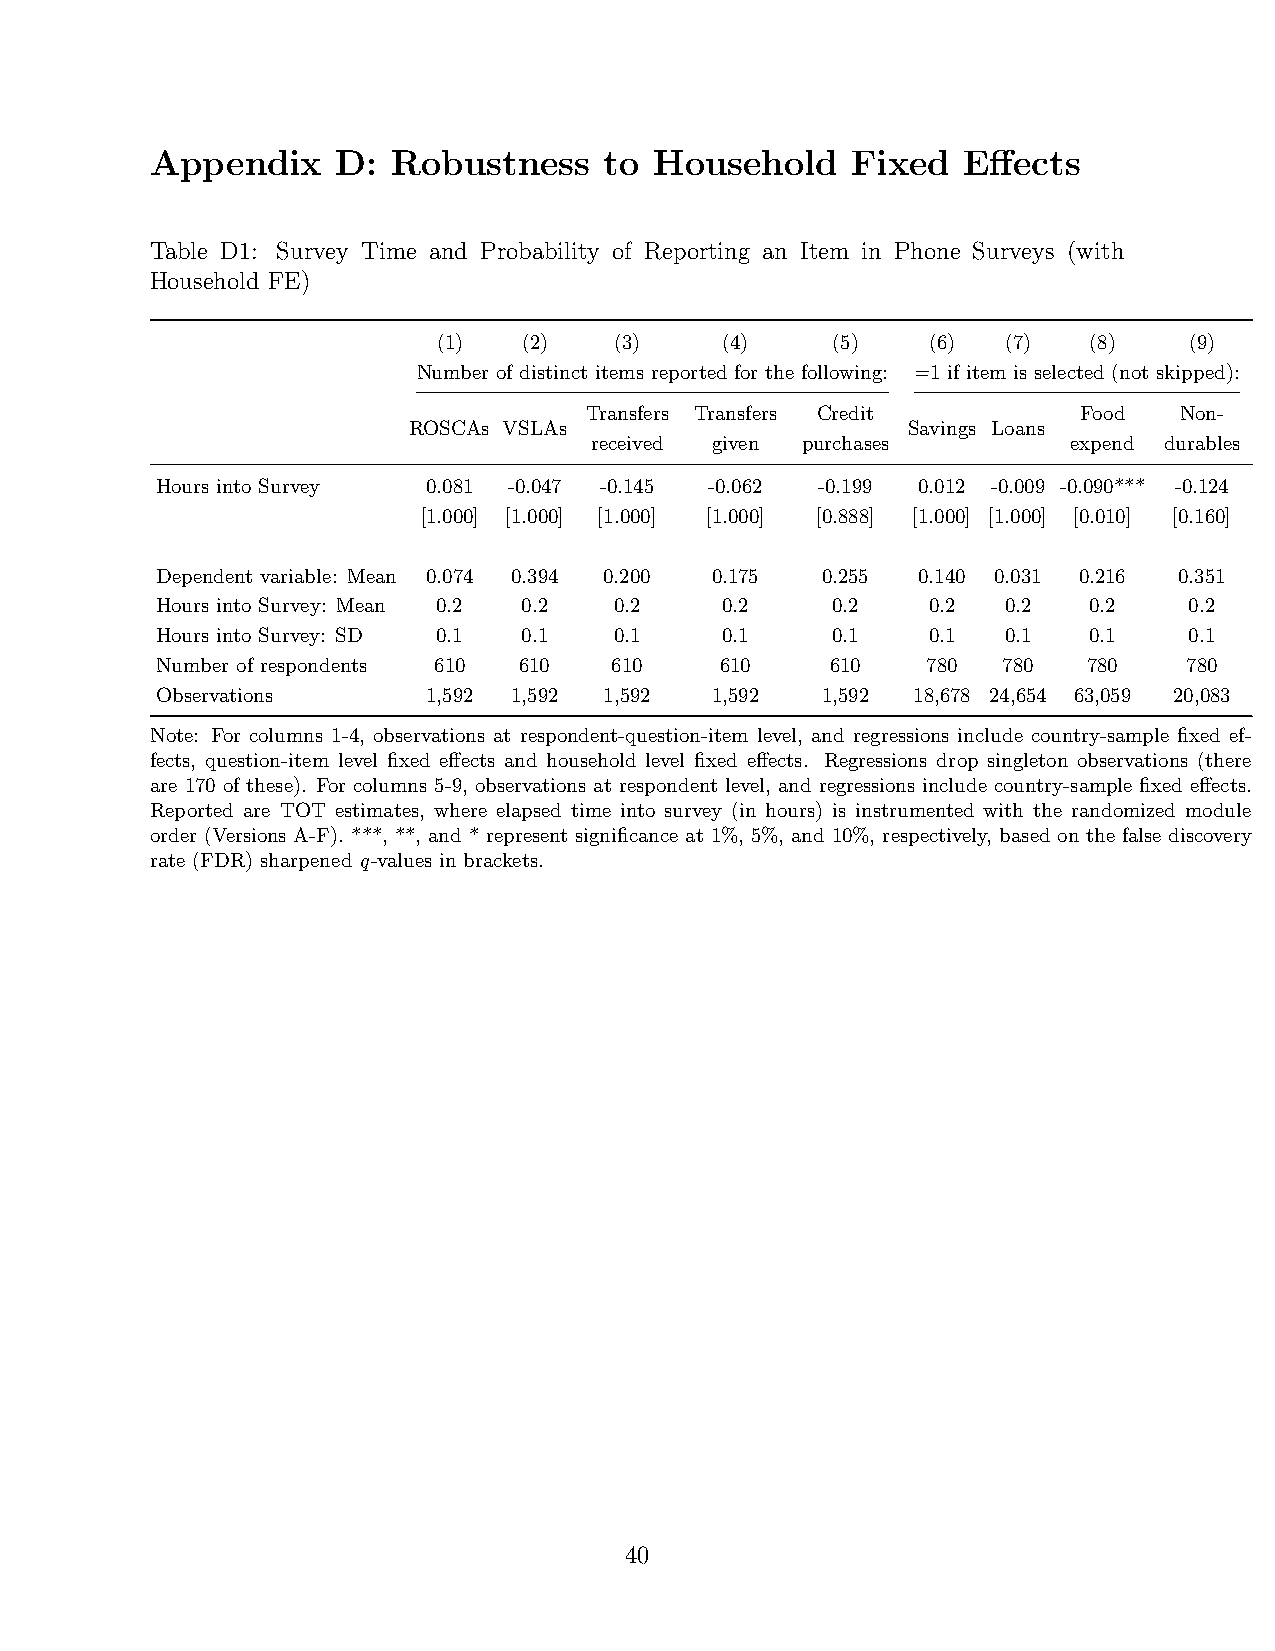
Appendix    D:  Robustness    to Household    Fixed   Effects
 Table D1: Survey Time and Probability of Reporting an Item in Phone Surveys (with
 Household FE)
 (1)   (2)   (3)    (4)    (5)    (6)  (7)  (8)    (9)
 Number of distinct items reported for the following: =1 if item is selected (not skipped):
 Transfers Transfers Credit       Food  Non-
 ROSCAs VSLAs                     Savings Loans
 received given purchases        expend durables
 Hours into Survey 0.081 -0.047 -0.145 -0.062 -0.199 0.012 -0.009 -0.090*** -0.124
 [1.000] [1.000] [1.000] [1.000] [0.888] [1.000] [1.000] [0.010] [0.160]
 Dependent variable: Mean 0.074 0.394 0.200 0.175 0.255 0.140 0.031 0.216 0.351
 Hours into Survey: Mean 0.2 0.2 0.2   0.2    0.2    0.2  0.2  0.2    0.2
 Hours into Survey: SD 0.1 0.1  0.1    0.1    0.1    0.1  0.1  0.1    0.1
 Number of respondents 610 610 610     610    610   780  780   780    780
 Observations      1,592 1,592 1,592  1,592  1,592 18,678 24,654 63,059 20,083
 Note: For columns 1-4, observations at respondent-question-item level, and regressions include country-sample fixed ef-
 fects, question-item level fixed effects and household level fixed effects. Regressions drop singleton observations (there
 are 170 of these). For columns 5-9, observations at respondent level, and regressions include country-sample fixed effects.
 Reported are TOT estimates, where elapsed time into survey (in hours) is instrumented with the randomized module
 order (Versions A-F). ***, **, and * represent significance at 1%, 5%, and 10%, respectively, based on the false discovery
 rate (FDR) sharpened q-values in brackets.
 40